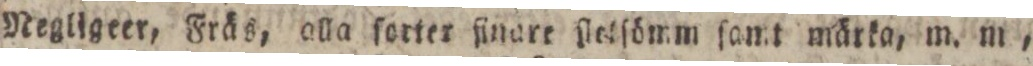
Megligeer, Fräs, alla forter ſinare ſletſömm ſamt märka, m. m.,